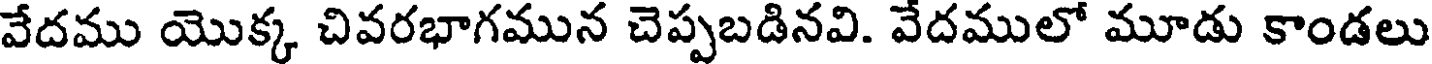
వేదము యొక్క చివరభాగమున చెప్పబడినవి. వేదములో మూడు కాండలు